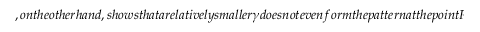
, o n t h e o t h e r h a n d , s h o w s t h a t a r e l a t i v e l y s m a l l e r \gamma d o e s n o t e v e n f o r m t h e p a t t e r n a t t h e p o i n t P d u e t o t h e t e r m , \chi ( a - a _ { m } ) , i n t h e e q u a t i o n (